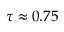
\tau \approx 0 . 7 5